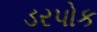
ડરપોક